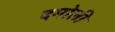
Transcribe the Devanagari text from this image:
दमोली